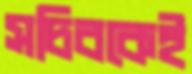
সচিবকেই